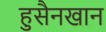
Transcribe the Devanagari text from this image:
हुसैनखान